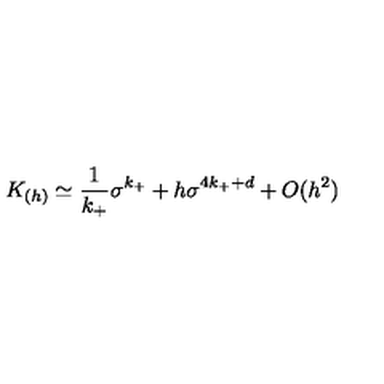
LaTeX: K _ { ( h ) } \simeq { \frac { 1 } { k _ { + } } } \sigma ^ { k _ { + } } + h \sigma ^ { 4 k _ { + } + d } + O ( h ^ { 2 } )